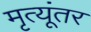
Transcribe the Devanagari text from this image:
मृत्यूंतर